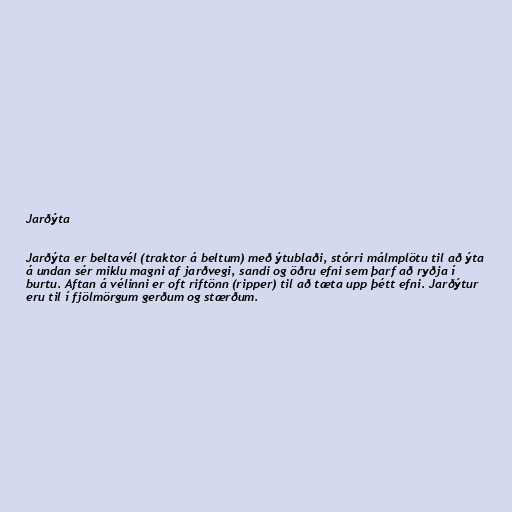
Jarðýta

Jarðýta er beltavél (traktor á beltum) með ýtublaði, stórri málmplötu til að ýta
á undan sér miklu magni af jarðvegi, sandi og öðru efni sem þarf að ryðja í
burtu. Aftan á vélinni er oft riftönn (ripper) til að tæta upp þétt efni. Jarðýtur
eru til í fjölmörgum gerðum og stærðum.